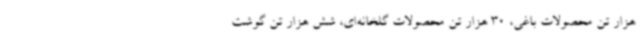
هزار تن محصولات باغی، 30 هزار تن محصولات گلخانه‌ای، شش هزار تن گوشت